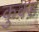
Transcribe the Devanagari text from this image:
कुक्ड